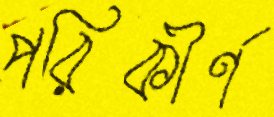
পরিকীর্ণ